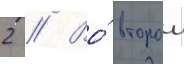
2 // Во́ второи